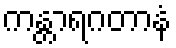
ကန္တာရဂတာနံ